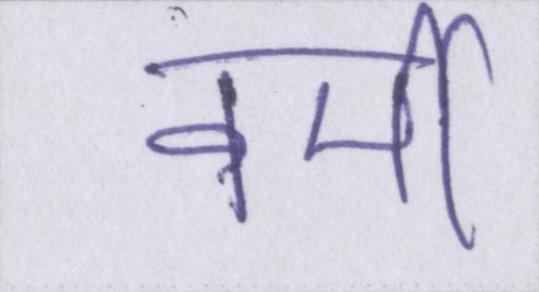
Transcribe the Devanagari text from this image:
वर्मी